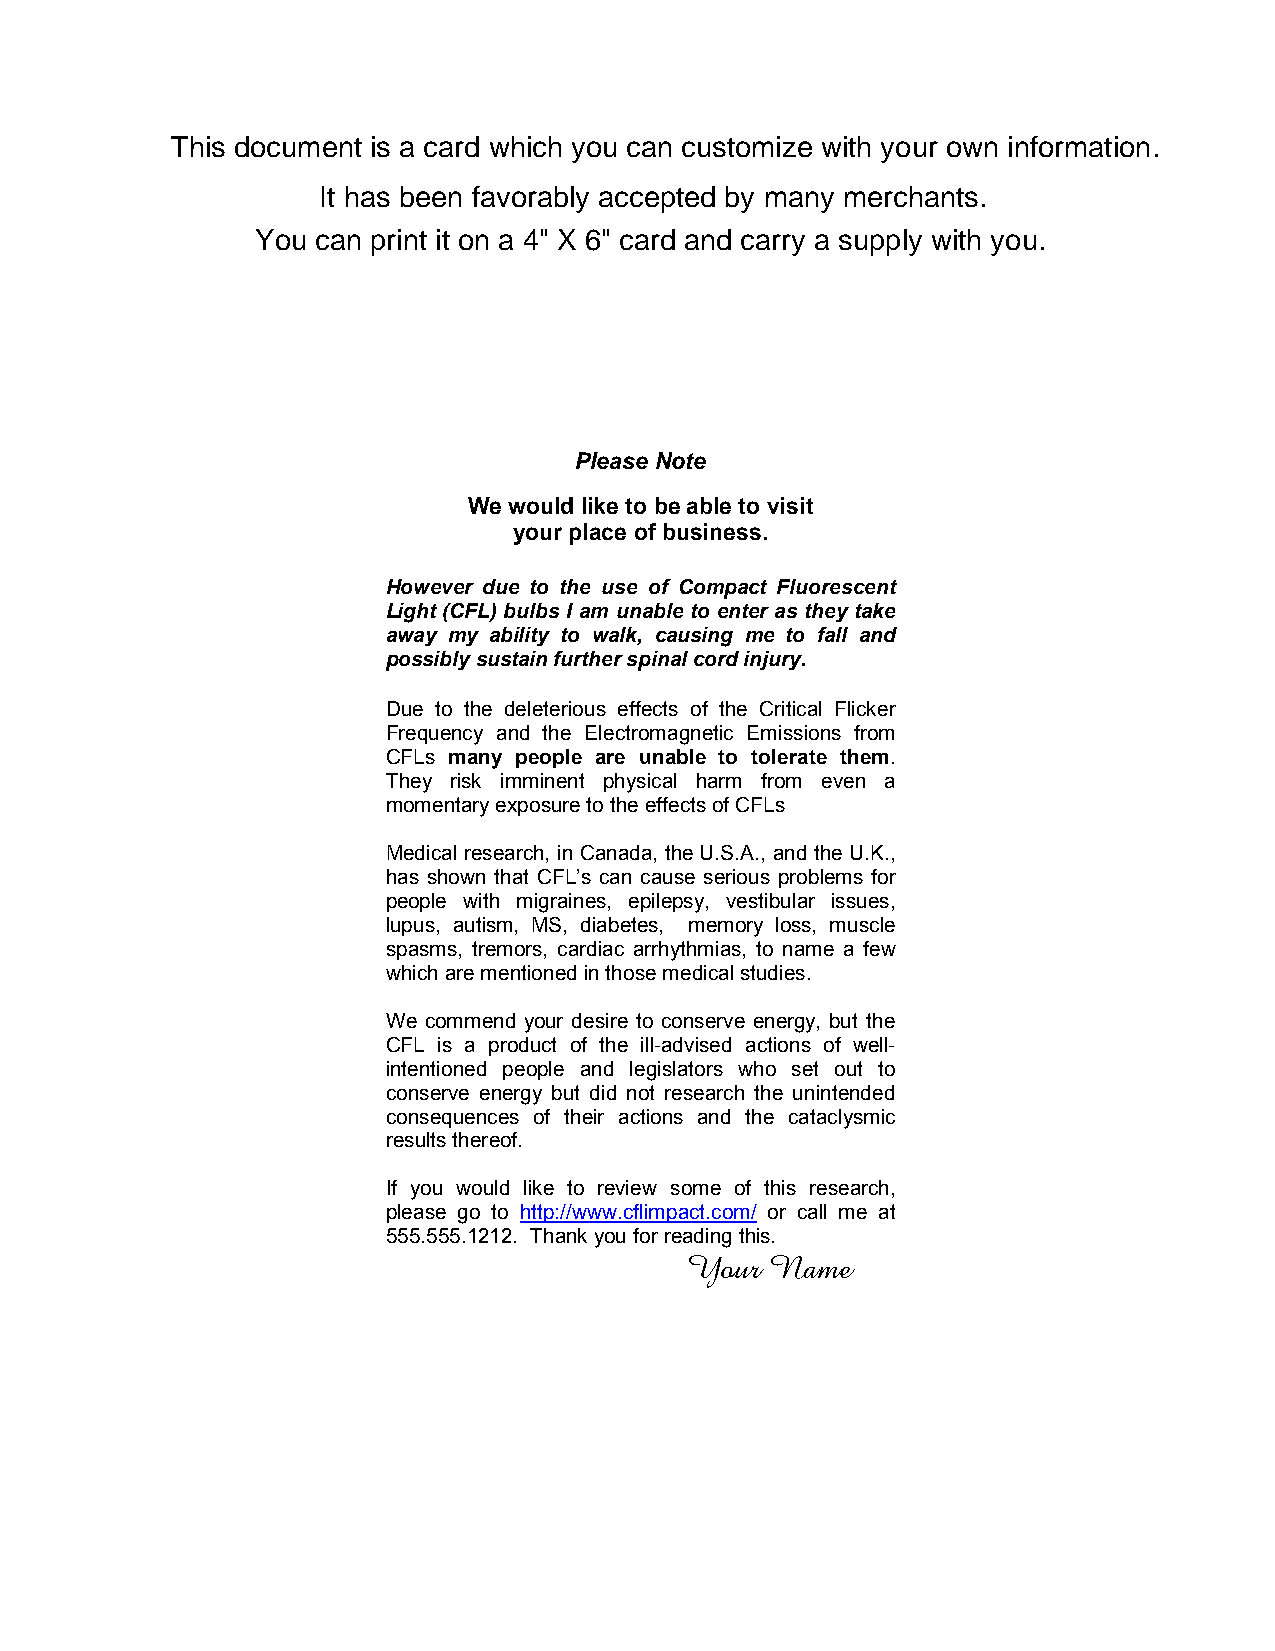
This document is a card which you can customize with your own information.
 It has been favorably accepted by many merchants.
 You can print it on a 4" X 6" card and carry a supply with you.
 Please Note
 We would like to be able to visit
 your place of business.
 However due to the use of Compact Fluorescent
 Light (CFL) bulbs I am unable to enter as they take
 away my ability to walk, causing me to fall and
 possibly sustain further spinal cord injury.
 Due to the deleterious effects of the Critical Flicker
 Frequency and the Electromagnetic Emissions from
 CFLs many people are unable to tolerate them.
 They risk imminent physical harm from even a
 momentary exposure to the effects of CFLs
 Medical research, in Canada, the U.S.A., and the U.K.,
 has shown that CFL’s can cause serious problems for
 people with migraines, epilepsy, vestibular issues,
 lupus, autism, MS, diabetes, memory loss, muscle
 spasms, tremors, cardiac arrhythmias, to name a few
 which are mentioned in those medical studies.
 We commend your desire to conserve energy, but the
 CFL is a product of the ill-advised actions of well-
 intentioned people and legislators who set out to
 conserve energy but did not research the unintended
 consequences of their actions and the cataclysmic
 results thereof.
 If you would like to review some of this research,
 please go to http://www.cflimpact.com/ or call me at
 555.555.1212. Thank you for reading this.
 YYYYoooouuuurrrr NNNNaaaammmmeeee